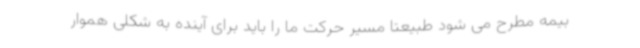
بیمه مطرح می شود طبیعتا مسیر حرکت ما را باید برای آینده به شکلی هموار